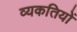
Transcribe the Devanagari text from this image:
व्यकतियों